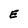
Character: E